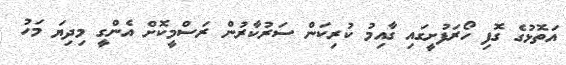
އަތޮޅުގެ ގޮފި ހޯރަފުށީގައި ގާއިމު ކުރިކަން ސަރުކާރުން ރަސްމީކޮށް އެންގީ މިދިޔަ މަހު